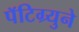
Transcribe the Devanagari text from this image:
पॅटिग्र्युने